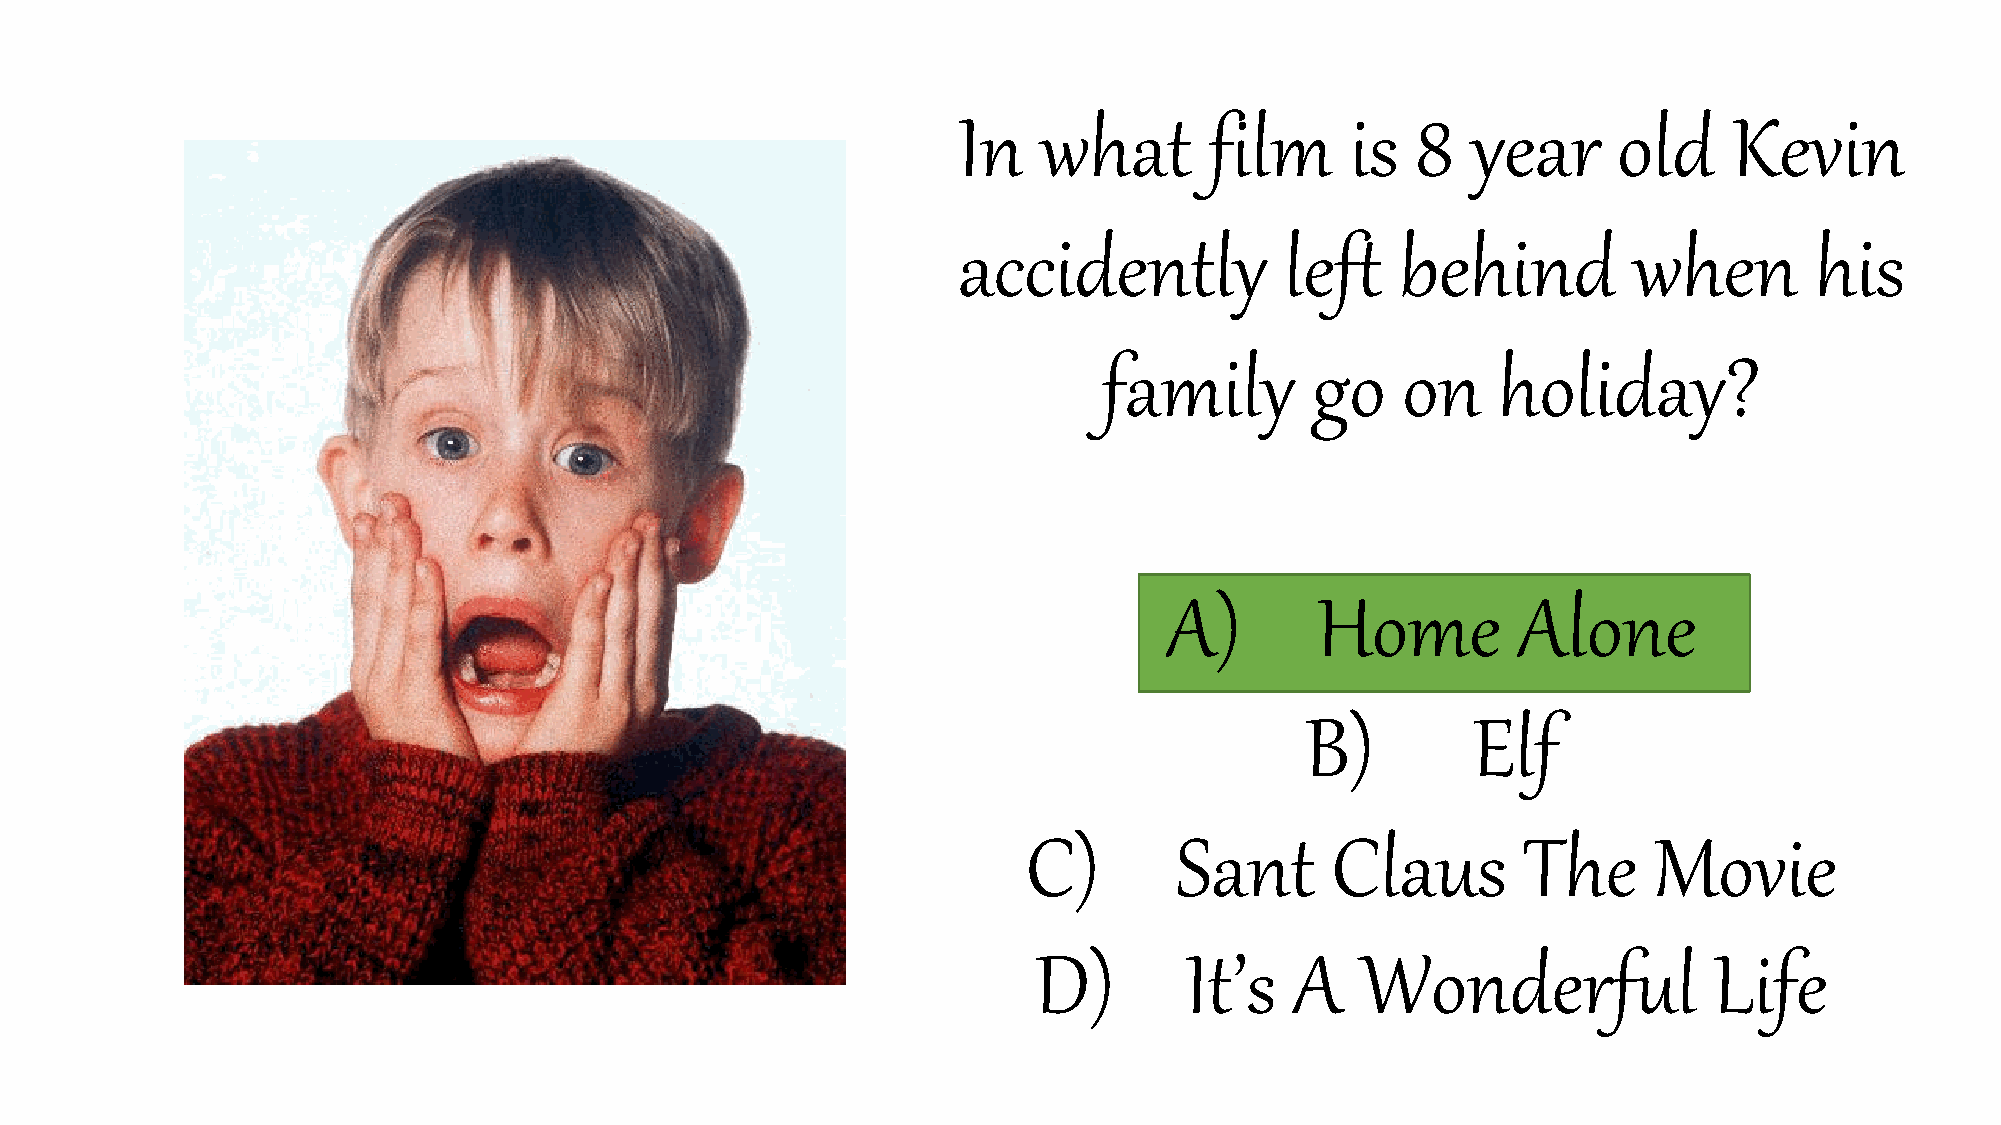
In    what       film     is   8  year      old     Kevin
 accidently            left    behind         when        his
 family        go    on    holiday?
 A)        Home         Alone
 B)         Elf
 C)        Sant      Claus        The     Movie
 D)       It’s    A   Wonderful              Life